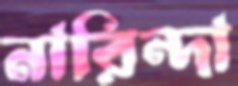
নারিন্দা